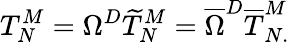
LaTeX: T_{N}^{M}=\Omega^{D}\widetilde{T}_{N}^{M}=\overline{{{\Omega}}}^{D}\overline{{{T}}}_{N.}^{M}